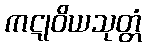
ကဋုဝိယသုတ္တံ